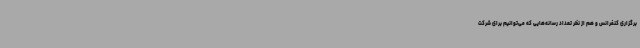
برگزاری کنفرانس و هم از نظر تعداد رسانه‌هایی که می‌توانیم برای شرکت